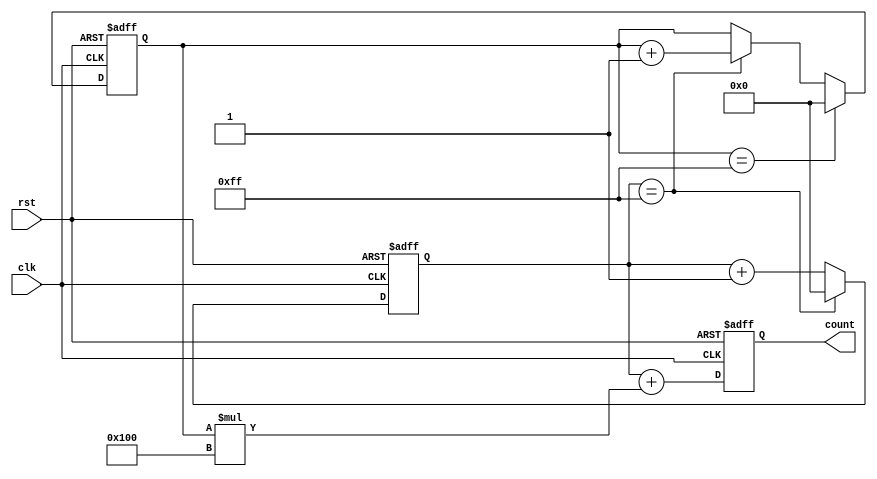
module CascadedCounter (
    input wire clk,
    input wire rst,
    output reg [7:0] count
);

reg [7:0] counter1;
reg [7:0] counter2;

always @(posedge clk or posedge rst) begin
    if (rst) begin
        counter1 <= 8'b0;
        counter2 <= 8'b0;
        count <= 8'b0;
    end else begin
        if (counter1 == 8'hFF) begin
            counter1 <= 8'b0;
            counter2 <= counter2 + 1;
        end else begin
            counter1 <= counter1 + 1;
        end

        if (counter2 == 8'hFF) begin
            counter2 <= 8'b0;
        end

        count <= counter1 + counter2 * 256;
    end
end

endmodule